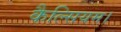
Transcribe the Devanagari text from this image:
कैल्सियम।